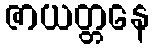
ဇာယတ္တနေ